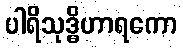
ပါရိသုဒ္ဓိဟာရကော